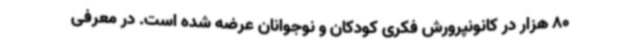
80 هزار در کانونپرورش فکری کودکان و نوجوانان عرضه شده است. در معرفی